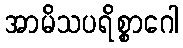
အာမိသပရိစ္စာဂေါ